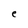
Character: e